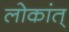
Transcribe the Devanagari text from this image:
लोकांत्‌